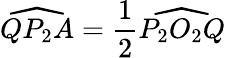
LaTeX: {\widehat{QP_{2}A}}={\frac{1}{2}}{\widehat{P_{2}O_{2}Q}}